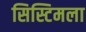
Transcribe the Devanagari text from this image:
सिस्टिमला